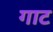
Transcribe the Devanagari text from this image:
गाट